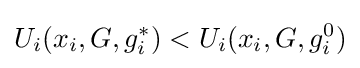
U_{i}(x_{i},G,g_{i}^{*})<U_{i}(x_{i},G,g_{i}^{0})